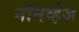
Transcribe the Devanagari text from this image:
नॉनव्हेज